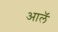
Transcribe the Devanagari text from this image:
आलॅ